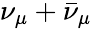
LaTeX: \nu_{\mu}+\bar{\nu}_{\mu}